65_HS1-834228961_62-HQ-83894_Section_4
Agency: FBI
Page 43
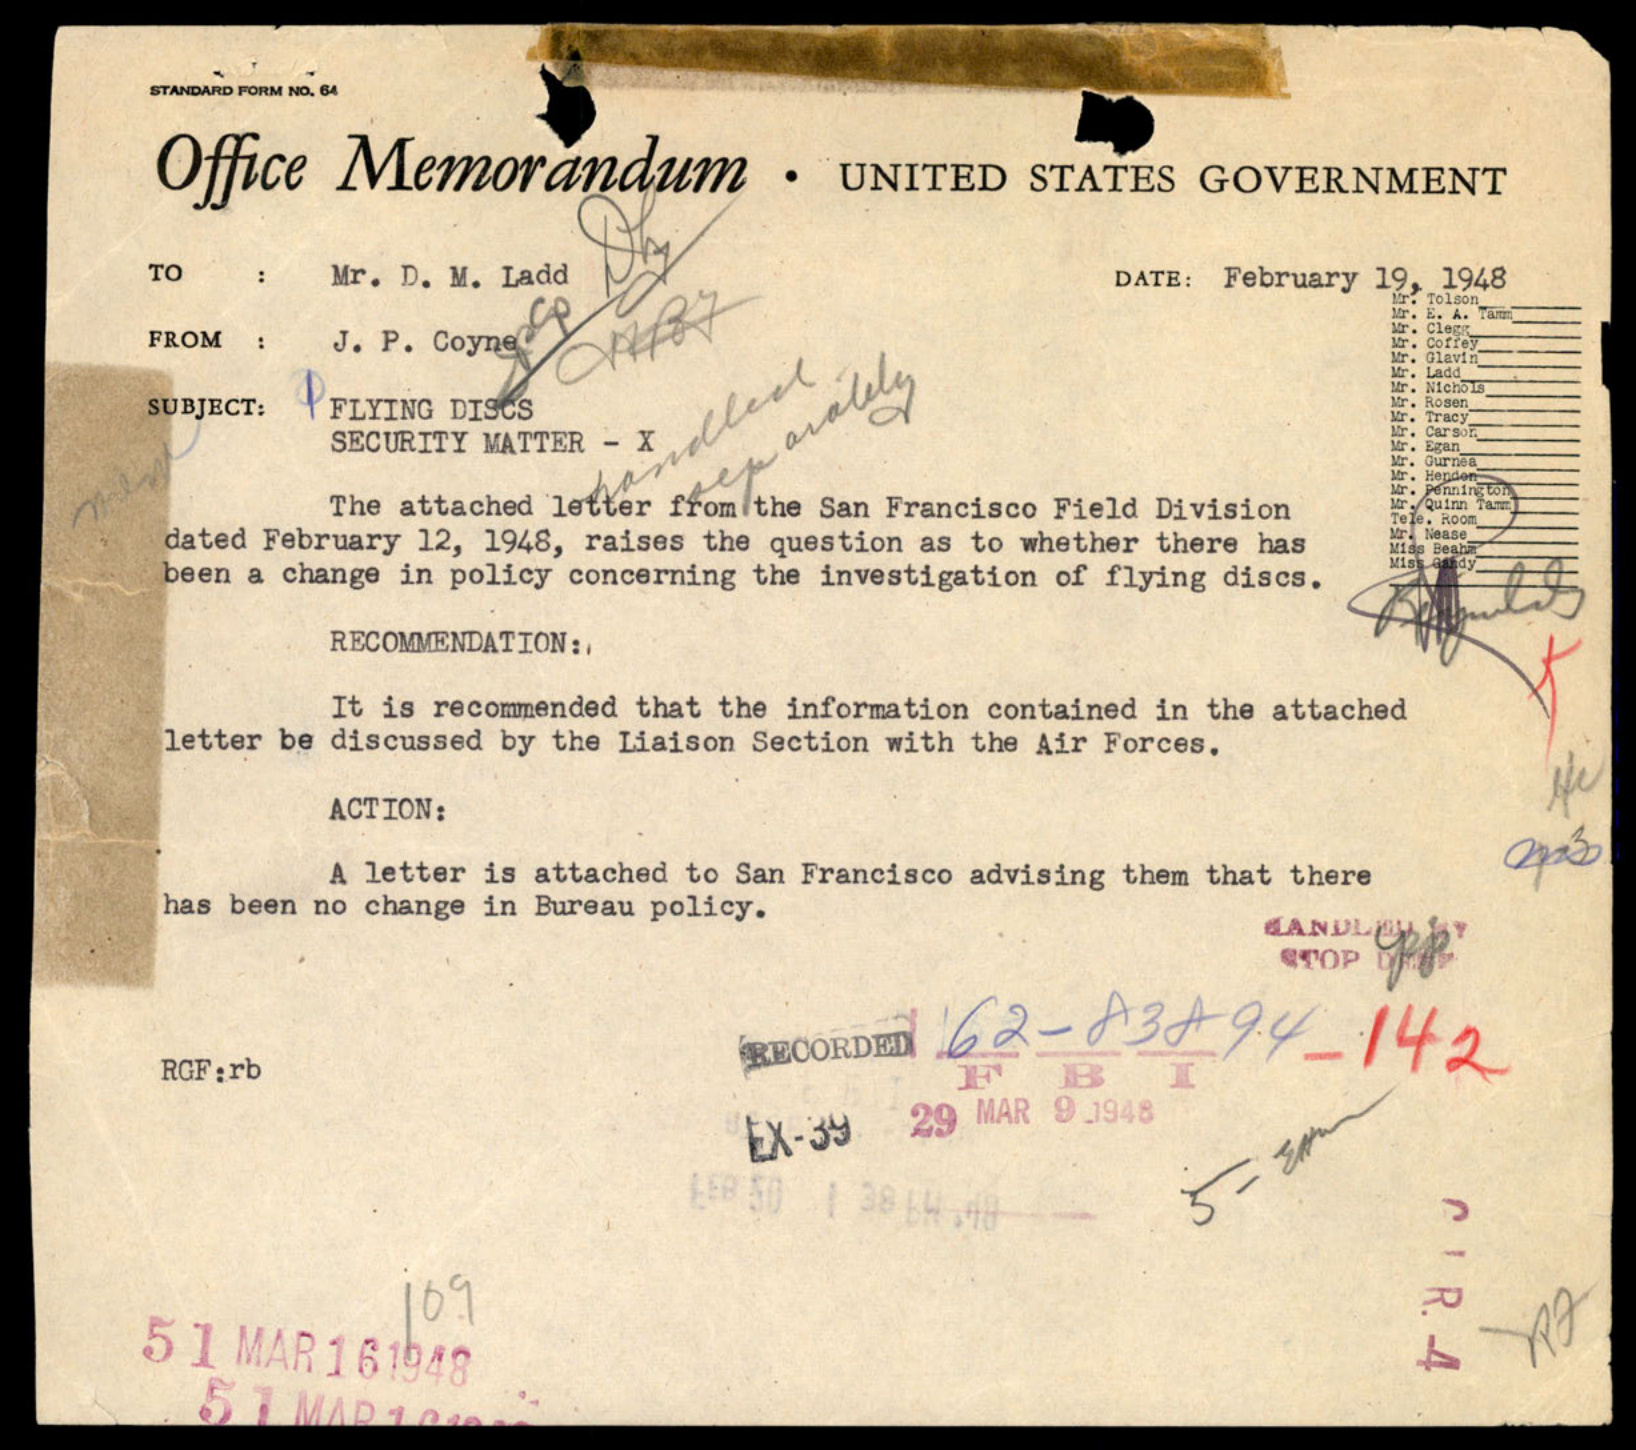